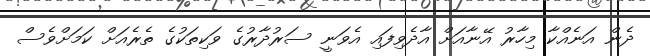
ދެން އަނެއްކާ މިހާރު އޭނާއަށް އާދެވިފައި އެވަނީ ސަރުދާރުގެ ވަކިތަކުގެ ތެރެއަށް ކަމަށްވެސް